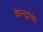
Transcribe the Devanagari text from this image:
केन्द्रांचे